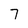
Character: 7